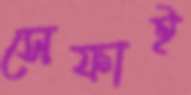
সেফাই